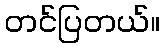
တင်ပြတယ်။